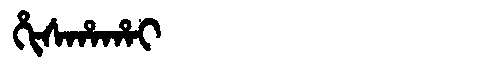
Manchu: ᡥᡳᠰᡥᠠᡥᠠᡳ
Romanization: HISHAHAI